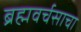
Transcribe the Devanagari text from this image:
ब्रह्मवर्चसाचा